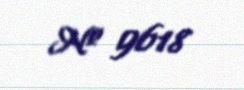
№ 9618